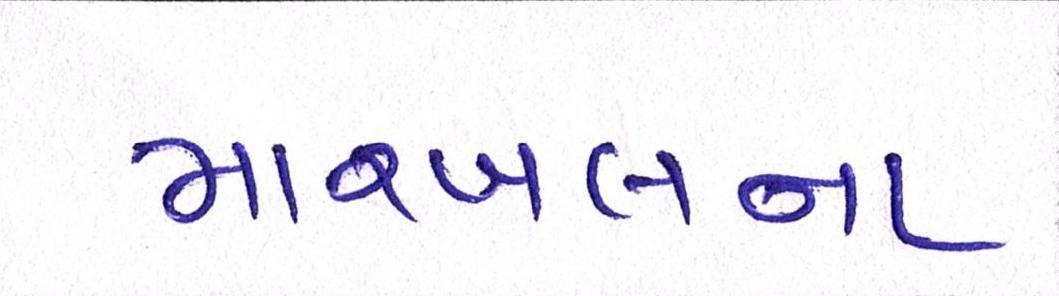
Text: મારબલના